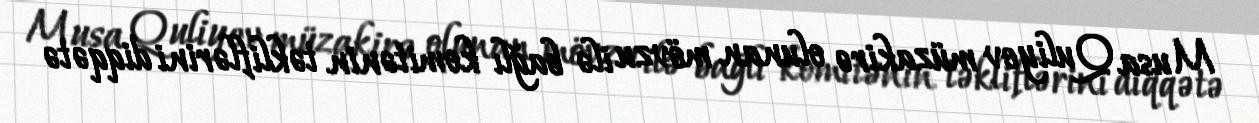
Musa Quliyev müzakirə olunan mövzu ilə bağlı komitənin təkliflərini diqqətə